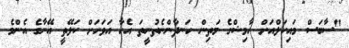
"ސާބަސް މައިކަލްއަށް ހާމިޝްގެ މަތިން ހަނދާންނެތުނީތަ އެހާ އަވަހަށް ކަލޭތީ އޭނާގެ އެންމެ